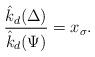
LaTeX: \begin{align*}\dfrac{\hat{k}_d(\Delta)}{\hat{k}_d(\Psi)}=x_\sigma.\end{align*}